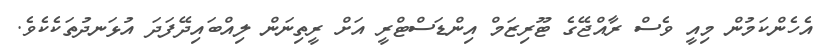
އެހެންކަމުން މިއީ ވެސް ރާއްޖޭގެ ޓޫރިޒަމް އިންޑަސްޓްރީ އަށް ރީތިނަން ލިއްބައިދޭފަދަ އުޅަނދުތަކެކެވެ.